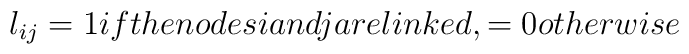
l_{ij} = 1 if the nodes i and j are linked, = 0 otherwise